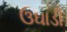
ઉઘાડી